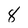
Character: 8